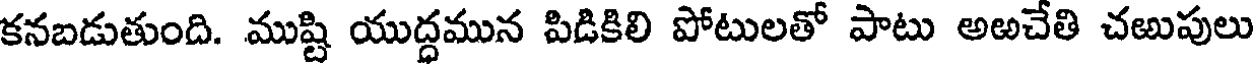
కనబడుతుంది. ముష్టి యుద్ధమున పిడికిలి పోటులతో పాటు అఱచేతి చఱుపులు